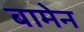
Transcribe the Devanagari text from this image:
बामेन